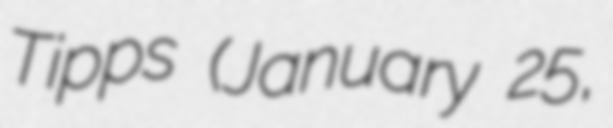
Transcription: Tipps (January 25,